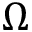
\Omega